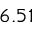
6 . 5 1